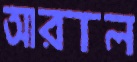
আরাল